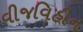
વીજવિહીન